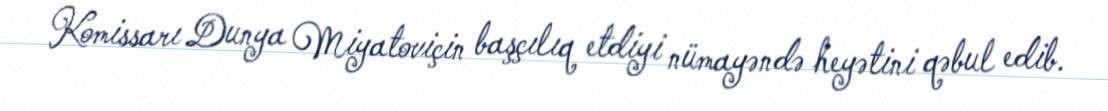
Komissarı Dunya Miyatoviçin başçılıq etdiyi nümayəndə heyətini qəbul edib.